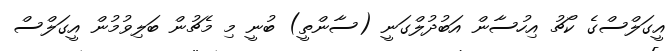
އީގަލްސްގެ ކޯޗު އިހުސާން އަބުދުލްގަނީ (ސާންތީ) ބުނީ މި މެޗުން ބަލިވުމުން އީގަލްސް